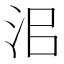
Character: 𰛜